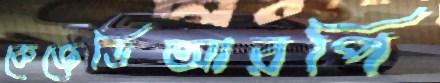
কেজেডিআরপি